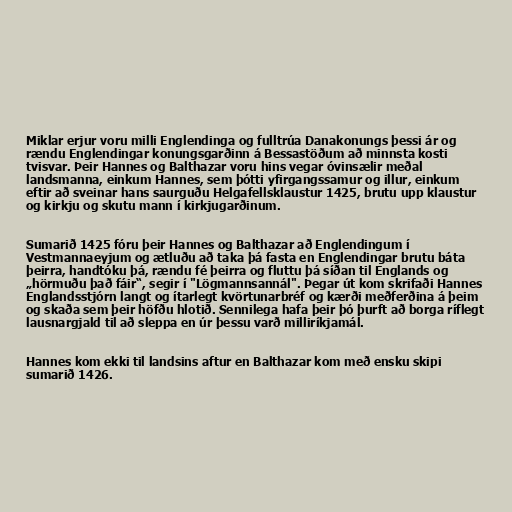
Miklar erjur voru milli Englendinga og fulltrúa Danakonungs þessi ár og
rændu Englendingar konungsgarðinn á Bessastöðum að minnsta kosti
tvisvar. Þeir Hannes og Balthazar voru hins vegar óvinsælir meðal
landsmanna, einkum Hannes, sem þótti yfirgangssamur og illur, einkum
eftir að sveinar hans saurguðu Helgafellsklaustur 1425, brutu upp klaustur
og kirkju og skutu mann í kirkjugarðinum.

Sumarið 1425 fóru þeir Hannes og Balthazar að Englendingum í
Vestmannaeyjum og ætluðu að taka þá fasta en Englendingar brutu báta
þeirra, handtóku þá, rændu fé þeirra og fluttu þá síðan til Englands og
„hörmuðu það fáir“, segir í "Lögmannsannál". Þegar út kom skrifaði Hannes
Englandsstjórn langt og ítarlegt kvörtunarbréf og kærði meðferðina á þeim
og skaða sem þeir höfðu hlotið. Sennilega hafa þeir þó þurft að borga ríflegt
lausnargjald til að sleppa en úr þessu varð milliríkjamál.

Hannes kom ekki til landsins aftur en Balthazar kom með ensku skipi
sumarið 1426.